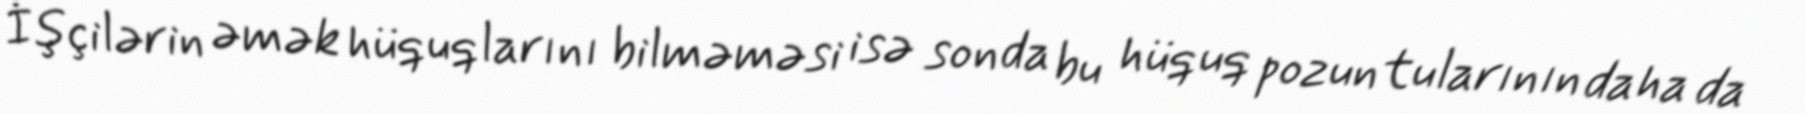
İşçilərin əmək hüquqlarını bilməməsi isə sonda bu hüquq pozuntularının daha da